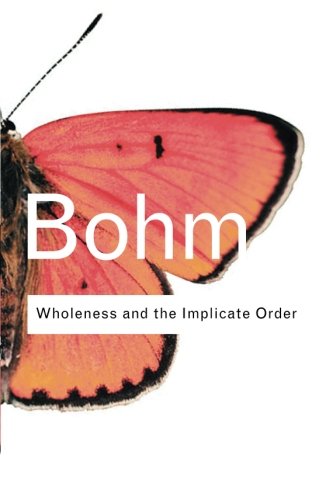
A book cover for Wholeness and the Implicate Order; David Bohm; Science & Math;